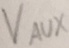
Text: VAUX